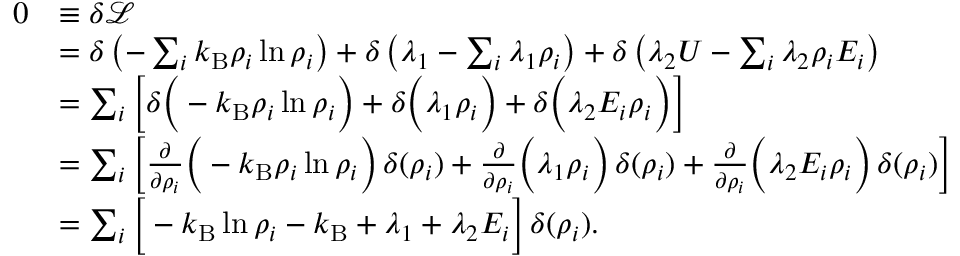
{ \begin{array} { r l } { 0 } & { \equiv \delta { \mathcal { L } } } \\ & { = \delta \left( - \sum _ { i } k _ { \mathrm { B } } \rho _ { i } \ln \rho _ { i } \right) + \delta \left( \lambda _ { 1 } - \sum _ { i } \lambda _ { 1 } \rho _ { i } \right) + \delta \left( \lambda _ { 2 } U - \sum _ { i } \lambda _ { 2 } \rho _ { i } E _ { i } \right) } \\ & { = \sum _ { i } { \bigg [ } \delta { \Big ( } - k _ { \mathrm { B } } \rho _ { i } \ln \rho _ { i } { \Big ) } + \delta { \Big ( } \lambda _ { 1 } \rho _ { i } { \Big ) } + \delta { \Big ( } \lambda _ { 2 } E _ { i } \rho _ { i } { \Big ) } { \bigg ] } } \\ & { = \sum _ { i } \left[ { \frac { \partial } { \partial \rho _ { i } } } { \Big ( } - k _ { \mathrm { B } } \rho _ { i } \ln \rho _ { i } { \Big ) } \, \delta ( \rho _ { i } ) + { \frac { \partial } { \partial \rho _ { i } } } { \Big ( } \lambda _ { 1 } \rho _ { i } { \Big ) } \, \delta ( \rho _ { i } ) + { \frac { \partial } { \partial \rho _ { i } } } { \Big ( } \lambda _ { 2 } E _ { i } \rho _ { i } { \Big ) } \, \delta ( \rho _ { i } ) \right] } \\ & { = \sum _ { i } { \bigg [ } - k _ { \mathrm { B } } \ln \rho _ { i } - k _ { \mathrm { B } } + \lambda _ { 1 } + \lambda _ { 2 } E _ { i } { \bigg ] } \, \delta ( \rho _ { i } ) . } \end{array} }